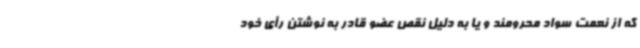
که از نعمت سواد محرومند و یا به دلیل نقص عضو قادر به نوشتن رأی خود